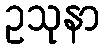
ဥသုနာ